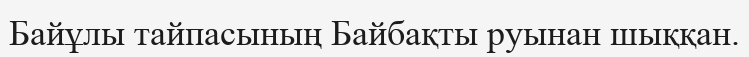
Байұлы тайпасының Байбақты руынан шыққан.